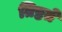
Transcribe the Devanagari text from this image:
तिष्ठते